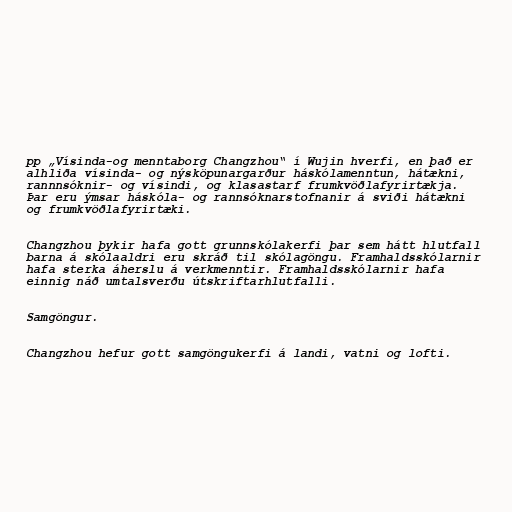
pp „Vísinda-og menntaborg Changzhou“ í Wujin hverfi, en það er
alhliða vísinda- og nýsköpunargarður háskólamenntun, hátækni,
rannnsóknir- og vísindi, og klasastarf frumkvöðlafyrirtækja.
Þar eru ýmsar háskóla- og rannsóknarstofnanir á sviði hátækni
og frumkvöðlafyrirtæki.

Changzhou þykir hafa gott grunnskólakerfi þar sem hátt hlutfall
barna á skólaaldri eru skráð til skólagöngu. Framhaldsskólarnir
hafa sterka áherslu á verkmenntir. Framhaldsskólarnir hafa
einnig náð umtalsverðu útskriftarhlutfalli.

Samgöngur.

Changzhou hefur gott samgöngukerfi á landi, vatni og lofti.